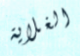
الغلاية